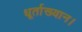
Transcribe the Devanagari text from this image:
धूर्ताख्यान।